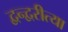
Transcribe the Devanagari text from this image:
द्वन्द्वरीत्या